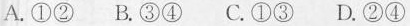
A.①② B.③④ C.①③ D.②④